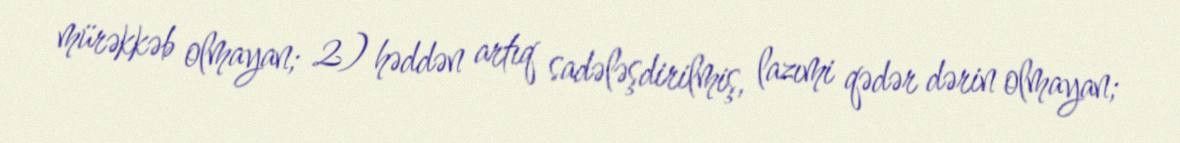
mürəkkəb olmayan; 2) həddən artıq sadələşdirilmiş, lazımi qədər dərin olmayan;